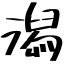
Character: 潟